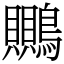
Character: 䴍